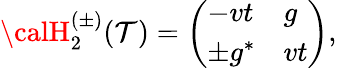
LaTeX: {\calH}_{2}^{(\pm)}(\mathcal{T})=\left(\begin{array}{ll}{-vt}&{g}\\ {\pm g^{*}}&{vt}\end{array}\right),